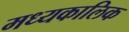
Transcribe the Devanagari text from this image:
मध्यकालिक